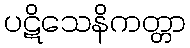
ပဋိသေနိကတ္တာ